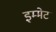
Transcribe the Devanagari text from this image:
इम्मेट